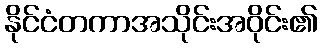
နိုင်ငံတကာအသိုင်းအဝိုင်း၏